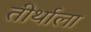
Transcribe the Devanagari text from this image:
तीर्थाला